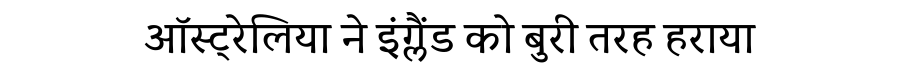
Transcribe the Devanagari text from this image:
ऑस्ट्रेलिया ने इंग्लैंड को बुरी तरह हराया